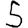
Digit: 5